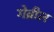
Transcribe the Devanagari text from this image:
गेब्रील